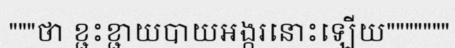
"""ថា ខ្ជះខ្ជាយបាយអង្ករនោះឡើយ"""""""